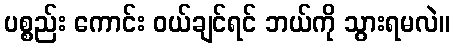
ပစ္စည်း ကောင်း ဝယ်ချင်ရင် ဘယ်ကို သွားရမလဲ။